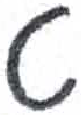
אות: ט